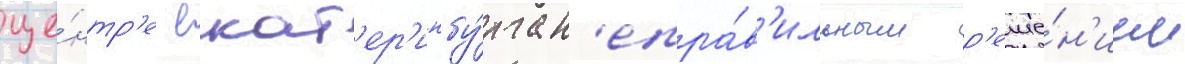
це́нтр'е екат'ер'инбу́рга н'епра́в'ильным р'еше́н'ием